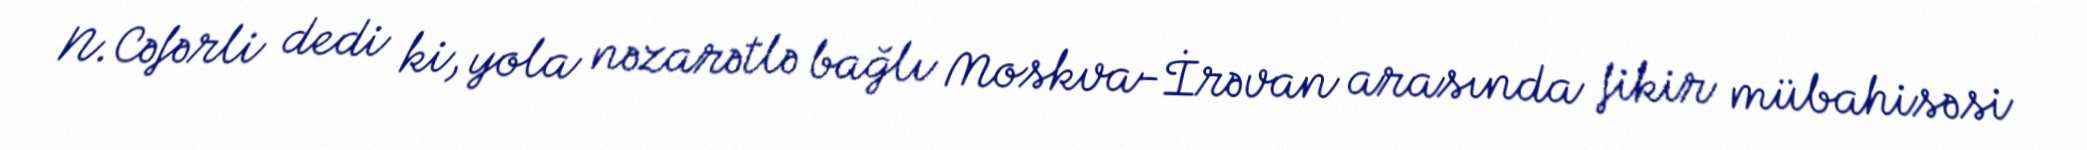
N.Cəfərli dedi ki, yola nəzarətlə bağlı Moskva-İrəvan arasında fikir mübahisəsi